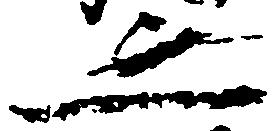
之